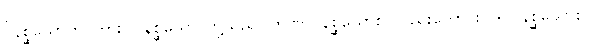
ဝိနိစ္ဆယောတိ၊ ကား။ ဝိနိစ္ဆယော၊ တို့သည်။ တဏှာဝိနိစ္ဆယောစ၊ လည်းကောင်း။ ဒိဋ္ဌိဝိနိစ္ဆယောစ၊